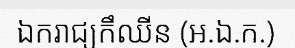
ឯករាជ្យកឹឈីន (អ.ឯ.ក.)